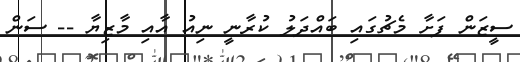
ސީޒަން ފަށާ މެޗުގައި ބައްދަލު ކުރާނީ ނިއު އާއި މާޒިޔާ -- ސަން